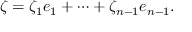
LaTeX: \zeta = \zeta _ { 1 } e _ { 1 } + \cdots + \zeta _ { n - 1 } e _ { n - 1 } .